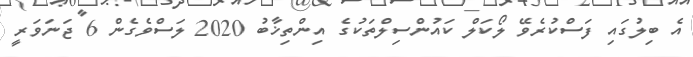
އެ ބިލުގައި ފަސްކުރެވޭ ލޯކަލް ކައުންސިލްތަކުގެ އިންތިޚާބު 2020 ލަސްވެގެން 6 ޖަނަވަރީ